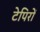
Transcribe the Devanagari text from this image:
टेपिरों